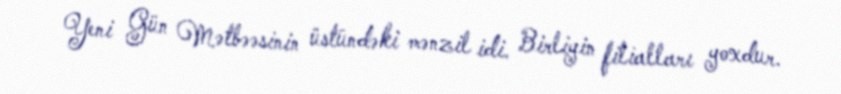
Yeni Gün Mətbəəsinin üstündəki mənzil idi. Birliyin filialları yoxdur.